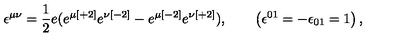
\epsilon ^ { \mu \nu } = { \frac { 1 } { 2 } } e ( e ^ { \mu { [ + 2 ] } } e ^ { \nu { [ - 2 ] } } - e ^ { \mu { [ - 2 ] } } e ^ { \nu { [ + 2 ] } } ) , \qquad \left( \epsilon ^ { { 0 1 } } = - \epsilon _ { { 0 1 } } = 1 \right) ,